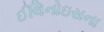
ઈલિનોઇસના